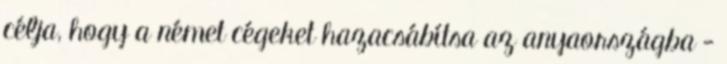
célja, hogy a német cégeket hazacsábítsa az anyaországba -